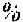
%